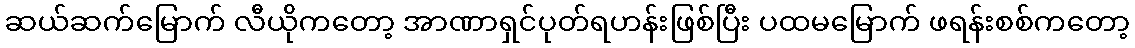
ဆယ်ဆက်မြောက် လီယိုကတော့ အာဏာရှင်ပုတ်ရဟန်းဖြစ်ပြီး ပထမမြောက် ဖရန်းစစ်ကတော့